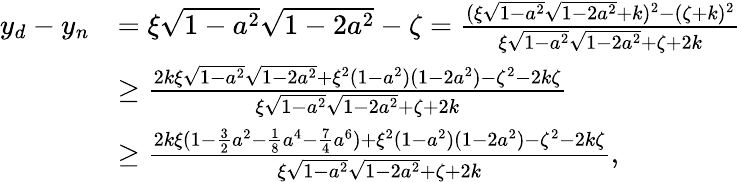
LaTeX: \begin{array}{rl}{y_{d}-y_{n}}&{=\xi\sqrt{1-a^{2}}\sqrt{1-2a^{2}}-\zeta=\frac{(\xi\sqrt{1-a^{2}}\sqrt{1-2a^{2}}+k)^{2}-(\zeta+k)^{2}}{\xi\sqrt{1-a^{2}}\sqrt{1-2a^{2}}+\zeta+2k}}\\ &{\ge\frac{2k\xi\sqrt{1-a^{2}}\sqrt{1-2a^{2}}+\xi^{2}(1-a^{2})(1-2a^{2})-\zeta^{2}-2k\zeta}{\xi\sqrt{1-a^{2}}\sqrt{1-2a^{2}}+\zeta+2k}}\\ &{\ge\frac{2k\xi(1-\frac 32a^{2}-\frac 18a^{4}-\frac 74a^{6})+\xi^{2}(1-a^{2})(1-2a^{2})-\zeta^{2}-2k\zeta}{\xi\sqrt{1-a^{2}}\sqrt{1-2a^{2}}+\zeta+2k},}\end{array}